Lunatic asylums Central Provinces reports 1895-1909 - 1895-1909
Year: 1895
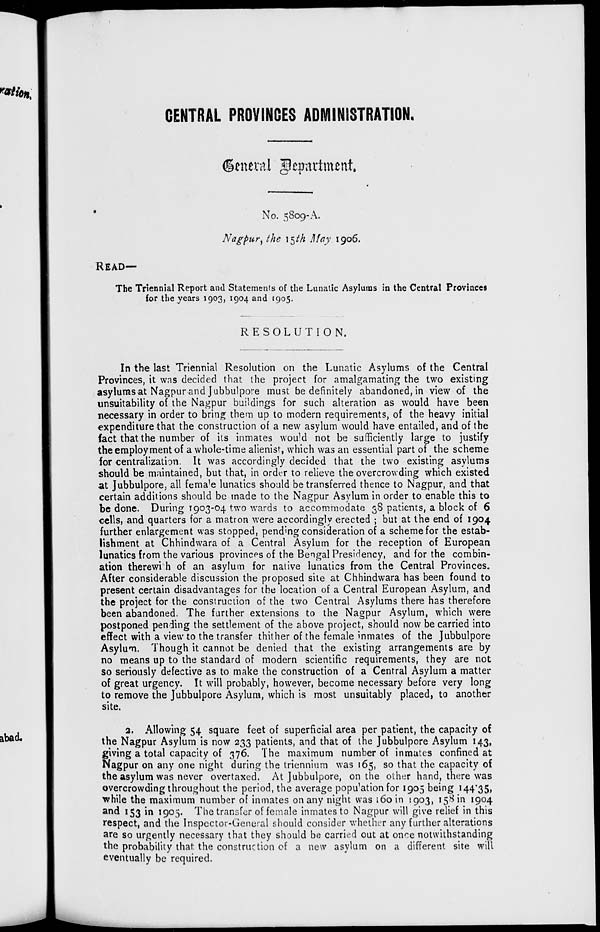
CENTRAL PROVINCES ADMINISTRATION.
General department.
No. 5809-A.
Nagpur, the 15th May 1906.
READ—
The Triennial Report and Statements of the Lunatic Asylums in the Central Provinces
for the years 1903, 1904 and 1905.
RESOLUTION.
In the last Triennial Resolution on the Lunatic Asylums of the Central
Provinces, it was decided that the project for amalgamating the two existing
asylums at Nagpur and Jubbulpore must be definitely abandoned, in view of the
unsuitability of the Nagpur buildings for such alteration as would have been
necessary in order to bring them up to modern requirements, of the heavy initial
expenditure that the construction of a new asylum would have entailed, and of the
fact that the number of its inmates would not be sufficiently large to justify
the employment of a whole-time alienist, which was an essential part of the scheme
for centralization. It was accordingly decided that the two existing asylums
should be maintained, but that, in order to relieve the overcrowding which existed
at Jubbulpore, all female lunatics should be transferred thence to Nagpur, and that
certain additions should be made to the Nagpur Asylum in order to enable this to
be done. During 1903-04 two wards to accommodate 38 patients, a block of 6
cells, and quarters for a matron were accordingly erected ; but at the end of 1904
further enlargement was stopped, pending consideration of a scheme for the estab-
lishment at Chhindwara of a Central Asylum for the reception of European
lunatics from the various provinces of the Bengal Presidency, and for the combin-
ation therewith of an asylum for native lunatics from the Central Provinces.
After considerable discussion the proposed site at Chhindwara has been found to
present certain disadvantages for the location of a Central European Asylum, and
the project for the construction of the two Central Asylums there has therefore
been abandoned. The further extensions to the Nagpur Asylum, which were
postponed pending the settlement of the above project, should now be carried into
effect with a view to the transfer thither of the female inmates of the Jubbulpore
Asylum. Though it cannot be denied that the existing arrangements are by
no means up to the standard of modern scientific requirements, they are not
so seriously defective as to make the construction of a Central Asylum a matter
of great urgency. It will probably, however, become necessary before very long
to remove the Jubbulpore Asylum, which is most unsuitably placed, to another
site.
2. Allowing 54 square feet of superficial area per patient, the capacity of
the Nagpur Asylum is now 233 patients, and that of the Jubbulpore Asylum 143,
giving a total capacity of 376. The maximum number of inmates confined at
Nagpur on any one night during the triennium was 165, so that the capacity of
the asylum was never overtaxed. At Jubbulpore, on the other hand, there was
overcrowding throughout the period, the average population for 1905 being 144.35,
while the maximum number of inmates on any night was 160 in 1903, 158 in 1904
and 153 in 1905. The transfer of female inmates to Nagpur will give relief in this
respect, and the Inspector-General should consider whether any further alterations
are so urgently necessary that they should be carried out at once notwithstanding
the probability that the construction of a new asylum on a different site will
eventually be required.